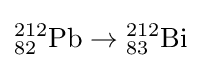
{}_{82}^{212}{\text{Pb}}\to {}_{83}^{212}{\text{Bi}}